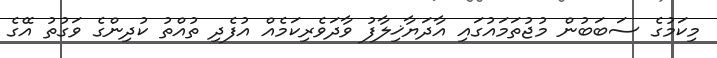
މިކަމުގެ ސަބަބުން މުޖުތަމައުގައި އާދަޔާޚިލާފު ވާދަވެރިކަމެއް އުފެދި ތުއްތު ކުދިންގެ ވަގުތު އޭގެ